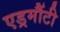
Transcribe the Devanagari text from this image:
एड्रमौंटी